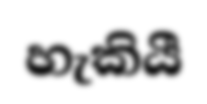
හැකියී